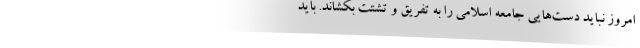
امروز نباید دست‌هایی جامعه اسلامی را به تفریق و تشتت بکشاند. باید